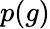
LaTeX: p(g)